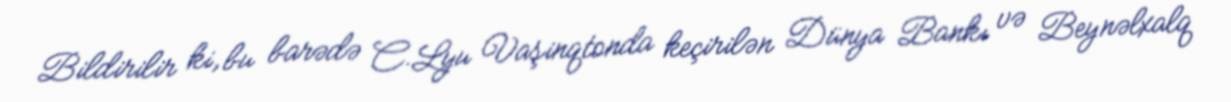
Bildirilir ki, bu barədə C.Lyu Vaşinqtonda keçirilən Dünya Bankı və Beynəlxalq